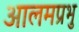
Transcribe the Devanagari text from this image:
आलमप्रभु